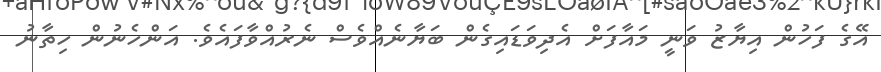
އޭގެ ފަހުން އިޔާޒު ވަނީ މައާފަށް އެދިވަޑައިގެން ބަޔާނެއްވެސް ނެރުއްވާފައެވެ. އަންހެނުން ހިތާނު